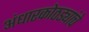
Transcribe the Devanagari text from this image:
अंधारकोठड्यांचे